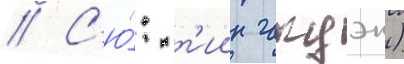
// С'ю́: т'иин гакуэн)